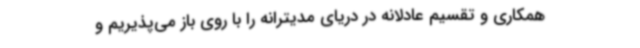
همکاری و تقسیم عادلانه در دریای مدیترانه را با روی باز می‌پذیریم و